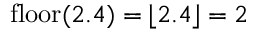
\operatorname { f l o o r } ( 2 . 4 ) = \lfloor 2 . 4 \rfloor = 2